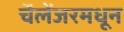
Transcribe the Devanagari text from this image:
चॅलेंजरमधून